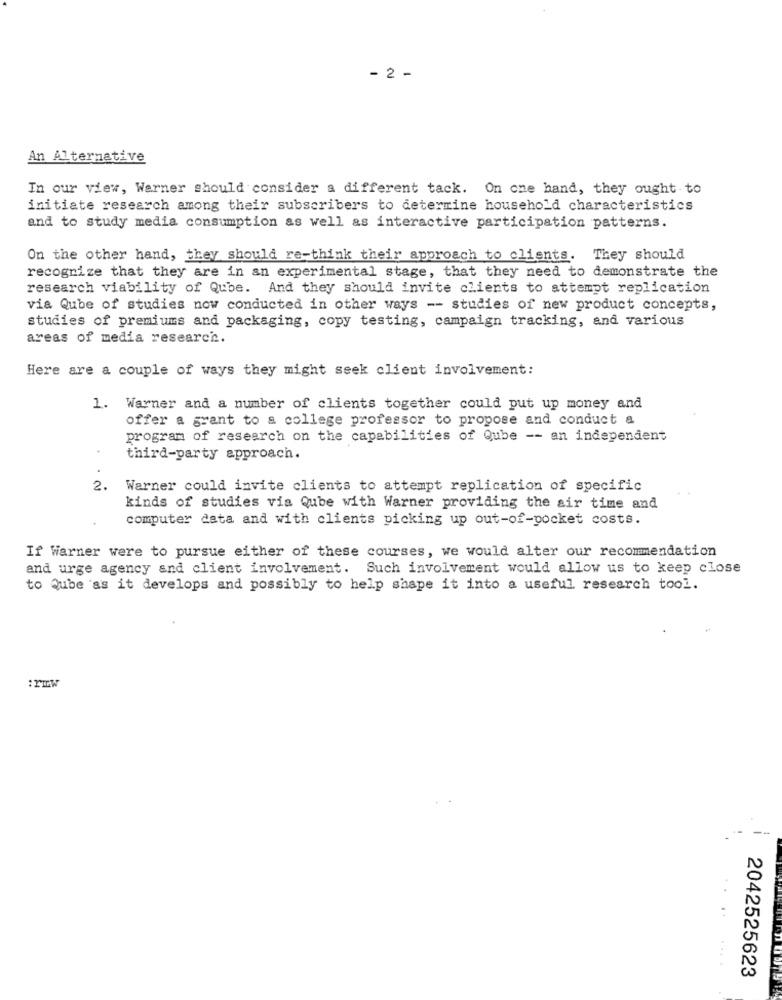
- 2 -
An Alternative
In our view, Warner should consider a different tack. On one hand, they ought to
initiate research among their subscribers to determine household characteristics
and to study media consumption as well as interactive participation patterns.
On the other hand, they should re-think their approach to clients. They should
recognize that they are in an experimental stage, that they need to demonstrate the
research viability of Qube. And they should invite clients to attempt replication
via Qube of studies now conducted in other ways -- studies of new product concepts,
studies of premiums and packaging, copy testing, campaign tracking, and various
areas of media research.
Here are a couple of ways they might seek client involvement:
1. Warner and a number of clients together could put up money and
offer a grant to a college professor to propose and conduct a
program of research on the capabilities of Qube -- an independent
third-party approach.
2.
Warner could invite clients to attempt replication of specific
kinds of studies via Qube with Warner providing the air time and
computer data and with clients picking up out-of-pocket costs.
If Warner were to pursue either of these courses, we would alter our recommendation
and urge agency and client involvement.
Such involvement would allow us to keep close
to Quibe as it develops and possibly to help shape it into a useful research tool.
:PIW
....
2042525623